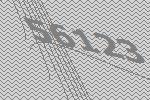
56123